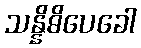
သန္နိဓိပေခေါ